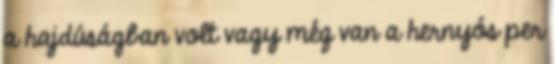
a hajdúságban volt vagy még van a hernyós per